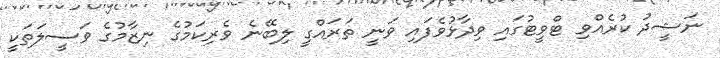
ނަޝީދު ކުރެއްވި ޓްވީޓުގައި ވިދާޅުވެފައި ވަނީ ތަރައްގީ ލިބޭނެ ވެރިކަމުގެ ނިޒާމުގެ ވަސީލަތަކީ